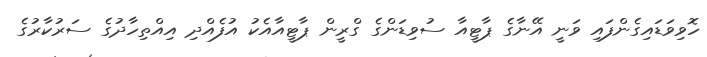
ހޮވިވަޑައިގެންފައި ވަނީ އޭނާގެ ޕާޓީއާ ސުވިޑަންގެ ގްރީން ޕާޓީއާއެކު އުފެއްދި އިއްތިހާދުގެ ސަރުކާރުގެ